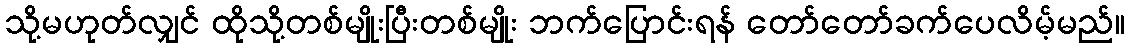
သို့မဟုတ်လျှင် ထိုသို့တစ်မျိုးပြီးတစ်မျိုး ဘက်ပြောင်းရန် တော်တော်ခက်ပေလိမ့်မည်။